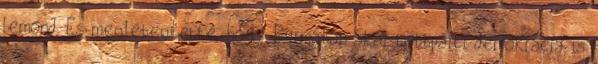
lemond. És meglebegtette, hogy Burmában akár többpárti demokrácia is